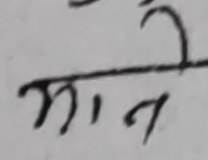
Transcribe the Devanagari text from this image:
मान